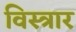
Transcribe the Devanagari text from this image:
विस्त्रार